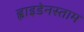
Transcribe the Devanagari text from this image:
ह्वाइडेनस्ताम